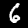
Label: 6